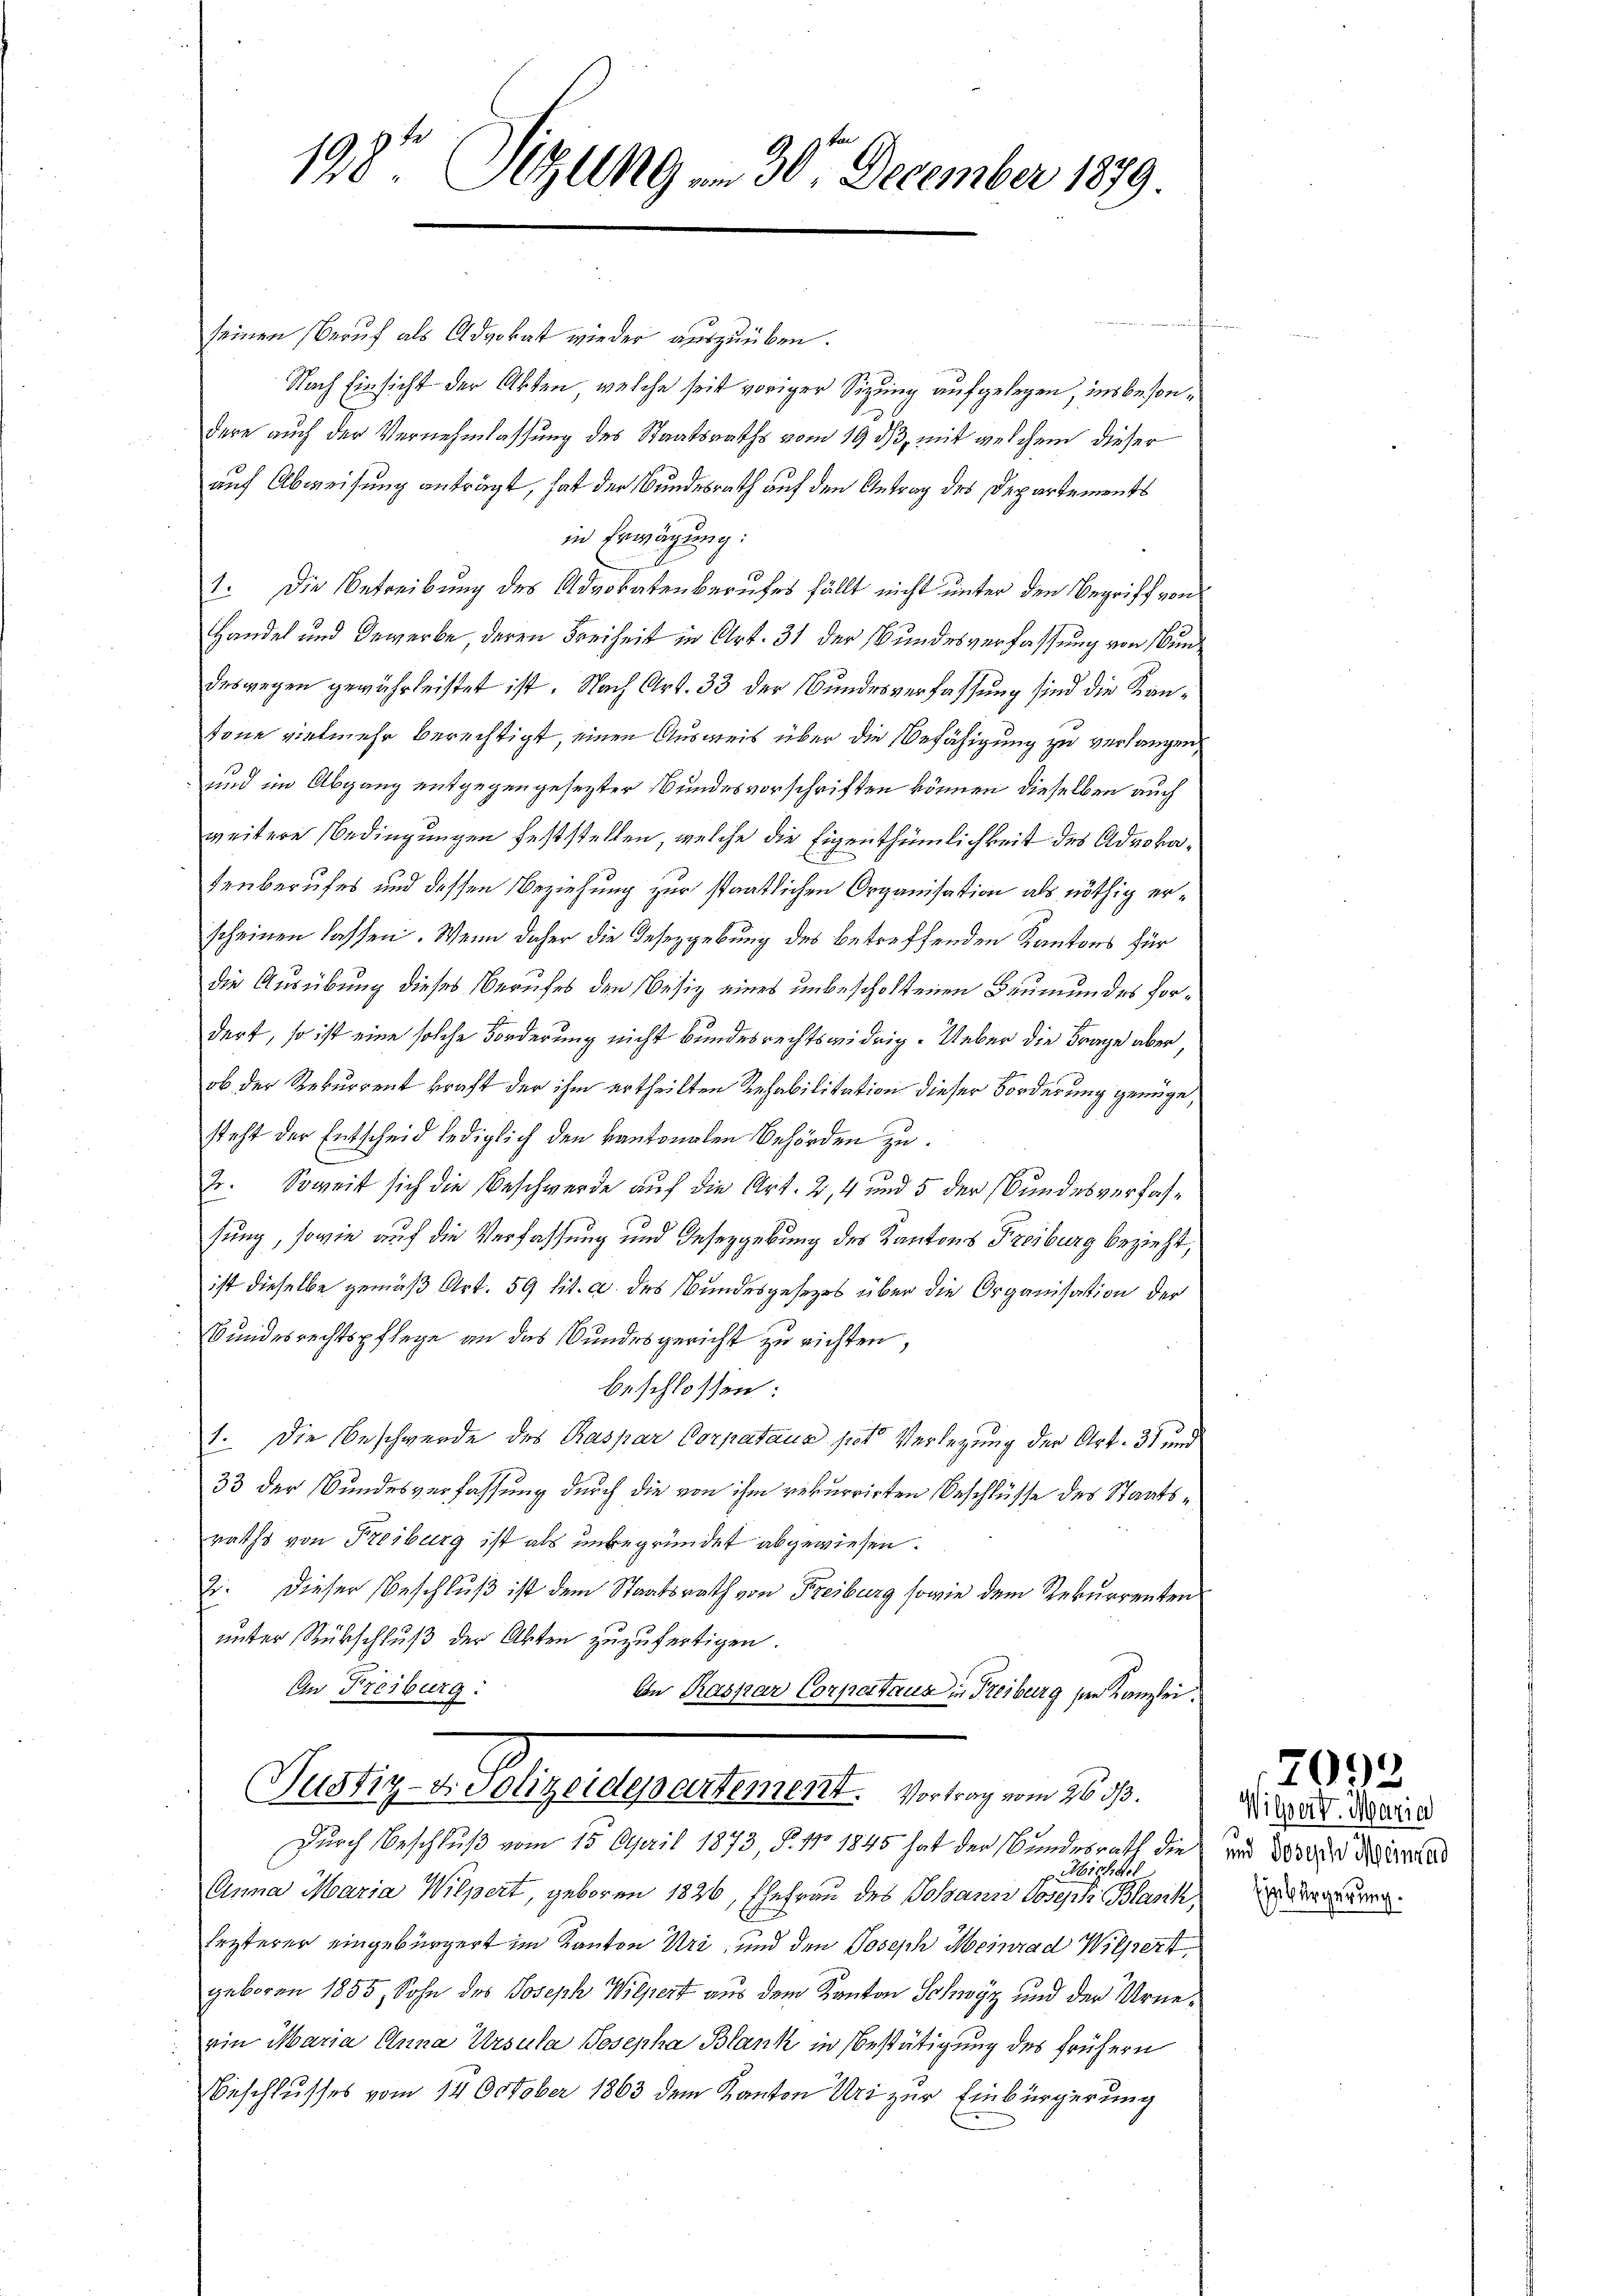
198te Sitzung am 30. December 1879.

seinen Beruf als Advokat wieder auszuüben.
Nach Einsicht der Akten, welche seit voriger Sitzung aufgelegen, insbesondere auch der Vernehmlassung des Staatsraths vom 19. ds, mit welchem dieser
auf Abweisung anträgt, hat der Bundesrath auf den Antrag des Departements
in Erwägung:
1. Die Betreibung des Advokatenberufes fällt nicht unter den Begriff von
Handel und Gewerbe deren Freiheit in Art. 31 der Bundesverfassung von Bundesgegen gewährleistet ist. Nach Art. 33 der Bundesverfassung sind die Kantone vielmehr berechtigt, einen Ausweis über die Befähigung zu verlangen,
sind im Abgang entgegengesezter Bundesvorschriften können dieselben auch
weitere Bedingungen feststellen, welche die Eigenthümlichkeit des Advokadenberufes und dessen Beziehung zur staatlichen Organisation als nöthig erscheinen lassen. Wenn daher die Gesezgebung des betreffenden Kantons für
die Ausübung dieses Berufes den Besiz eines unbescholtenen Beumundes fordert, so ist eine solche Forderung nicht bundesrechtswidrig. Ueber die Frage aber
ob der Rekurrent kraft der ihm ertheilten Rehabilitation dieser Forderung genüge,
steht der Entscheid lediglich den kantonalen Behörden zu.
2. Soweit sich die Beschwerde auf die Art. 2, 4 und 5 der Bundesverfassung, sowie auf die Verfassung und Insezgebung des Kantons Freiburg bezieht,
ist dieselbe gemäß Art. 59 lit. a. des Bundesgesetzes über die Organisation der
Bundesrechtspflege an das Bundesgericht zu richten,
beschlossen:
1. Die Beschwerde des Raspar Corpataus pot. Verlegung der Art. 31 und
33 der Bundesverfassung durch die von ihm rekurrirten Beschlüsse des Staatsraths von Freiburg ist als unbegründet abgewiesen.
E. Dieser Beschluß ist dem Staatsrath von Freiburg sowie dem Rekurrenten
unter Rückschluß der Akten zuzufertigen.
An Freiburg.
Cn Kaspar Corpartaus in Freiburg sien Kanzlei.
Tustiz-Divolizeidepartement. Vortrag vom 26. ds.
Durch Beschluß vom 15. April 1873, §. 11 1845 hat der Bundesrath die
Michael
Anna Maria Wilpert, geboren 1826, Ehefrau des Johann Joseph Blasch,
lezterer eingebürgert im Kanton Uri, und den Joseph Meinrad Wilpert,
geboren 1855, Sohn des Joseph Wilpert aus dem Kanton Schwyz und der Urnevin Maria Anna Ursula Josepha Blank in Bestätigung des frühern
Beschlusses vom 14 October 1863 dem Kanton Uri zur Einbürgerung

7092
Wilpert Maria
und Joseph Meinrad
Einbürgerung.